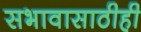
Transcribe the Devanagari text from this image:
सभावासाठीही